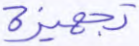
تجهيزة